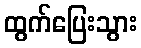
ထွက်ပြေးသွား